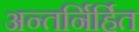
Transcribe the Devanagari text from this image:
अन्तर्निर्हित